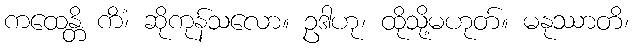
ကထေန္တိ ကိံ၊ ဆိုကုန်သလော။ ဥဒါဟု၊ ထိုသို့မဟုတ်။ မနုဿာတိ၊